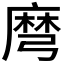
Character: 𪎔